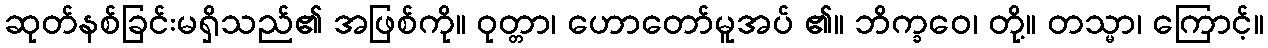
ဆုတ်နစ်ခြင်းမရှိသည်၏ အဖြစ်ကို။ ဝုတ္တာ၊ ဟောတော်မူအပ် ၏။ ဘိက္ခဝေ၊ တို့။ တသ္မာ၊ ကြောင့်။